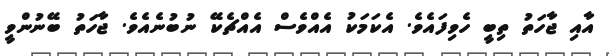
އާއި ޖާހަތު ތިބީ ހެވިފައެވެ. އެކަމަކު އެއްވެސް އެއްޗެކޭ ނުބުނެއެވެ. ޖާހަތު ބޭނުންވީ